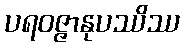
ပရဝဇ္ဇာနုပဿိဿ